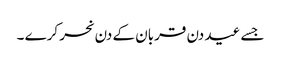
جسے عید دن قربان کے دن نحر کرے ۔